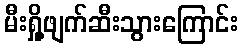
မီးရှို့ဖျက်ဆီးသွားကြောင်း